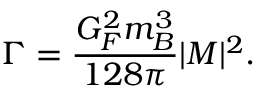
\Gamma = \frac { G _ { F } ^ { 2 } m _ { B } ^ { 3 } } { 1 2 8 \pi } | { \cal M } | ^ { 2 } .